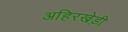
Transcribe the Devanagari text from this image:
अहिरखेड़ी